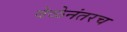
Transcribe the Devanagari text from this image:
वेळेनंतरच